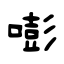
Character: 嘭